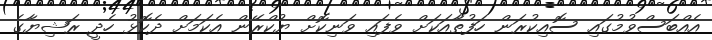
އެއްބަސްވުމުގައި ސޮއިކުރަން ހަފުތާއަކަށް ވެފައި ވަނިކޮށް ޔުކްރޭން އެކަމަށް ދެކޮޅު ހެދީ ރަޝިޔާގެ